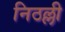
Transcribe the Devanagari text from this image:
निठल्ली